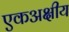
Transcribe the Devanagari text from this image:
एकअक्षीय